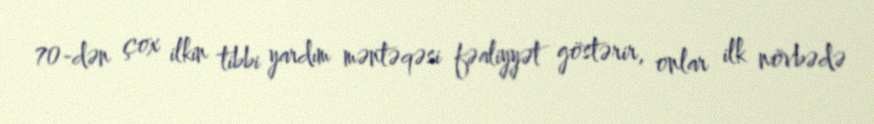
70-dən çox ilkin tibbi yardım məntəqəsi fəaliyyət göstərir, onlar ilk növbədə